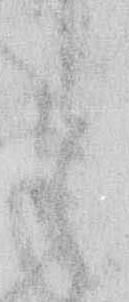
と